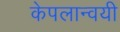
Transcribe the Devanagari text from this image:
केपलान्वयी